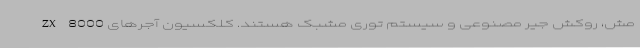
مش، روکش جیر مصنوعی و سیستم توری مشبک هستند. کلکسیون آجرهای ZX 8000